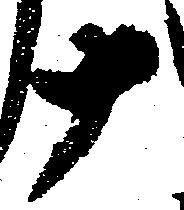
十